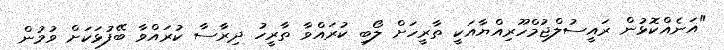
"އަނެއްކޮޅުން ރައީސުލްޖުމްހޫރިއްޔާއަކީ ތާރީހަށް ލޯބި ކުރައްވާ ތާރީހު ދިރާސާ ކުރައްވާ ބޭފުޅަކަށް ވުމުން